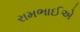
રામભાઈએ